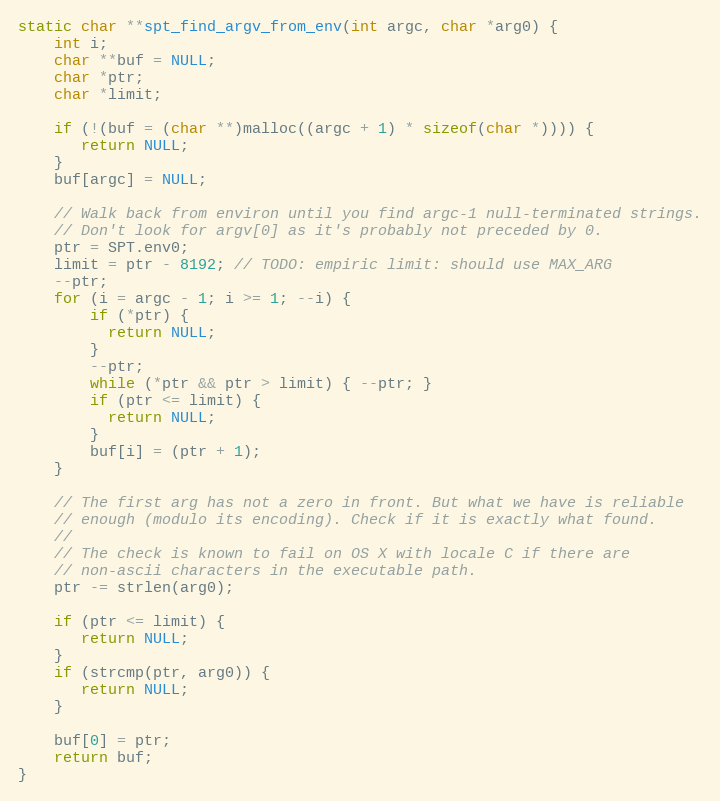
Language: C
static char **spt_find_argv_from_env(int argc, char *arg0) {
    int i;
    char **buf = NULL;
    char *ptr;
    char *limit;

    if (!(buf = (char **)malloc((argc + 1) * sizeof(char *)))) {
       return NULL;
    }
    buf[argc] = NULL;

    // Walk back from environ until you find argc-1 null-terminated strings.
    // Don't look for argv[0] as it's probably not preceded by 0.
    ptr = SPT.env0;
    limit = ptr - 8192; // TODO: empiric limit: should use MAX_ARG
    --ptr;
    for (i = argc - 1; i >= 1; --i) {
        if (*ptr) {
          return NULL;
        }
        --ptr;
        while (*ptr && ptr > limit) { --ptr; }
        if (ptr <= limit) {
          return NULL;
        }
        buf[i] = (ptr + 1);
    }

    // The first arg has not a zero in front. But what we have is reliable
    // enough (modulo its encoding). Check if it is exactly what found.
    //
    // The check is known to fail on OS X with locale C if there are
    // non-ascii characters in the executable path.
    ptr -= strlen(arg0);

    if (ptr <= limit) {
       return NULL;
    }
    if (strcmp(ptr, arg0)) {
       return NULL;
    }

    buf[0] = ptr;
    return buf;
}